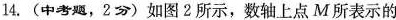
14.(中考题，2分)如图2所示，数轴上点M所表示的